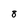
Character: 8